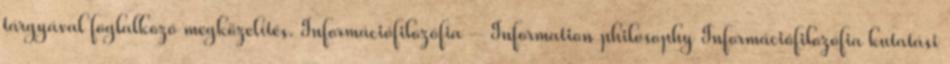
tárgyával foglalkozó megközelítés. Információfilozófia – Information philosophy Információfilozófia kutatási